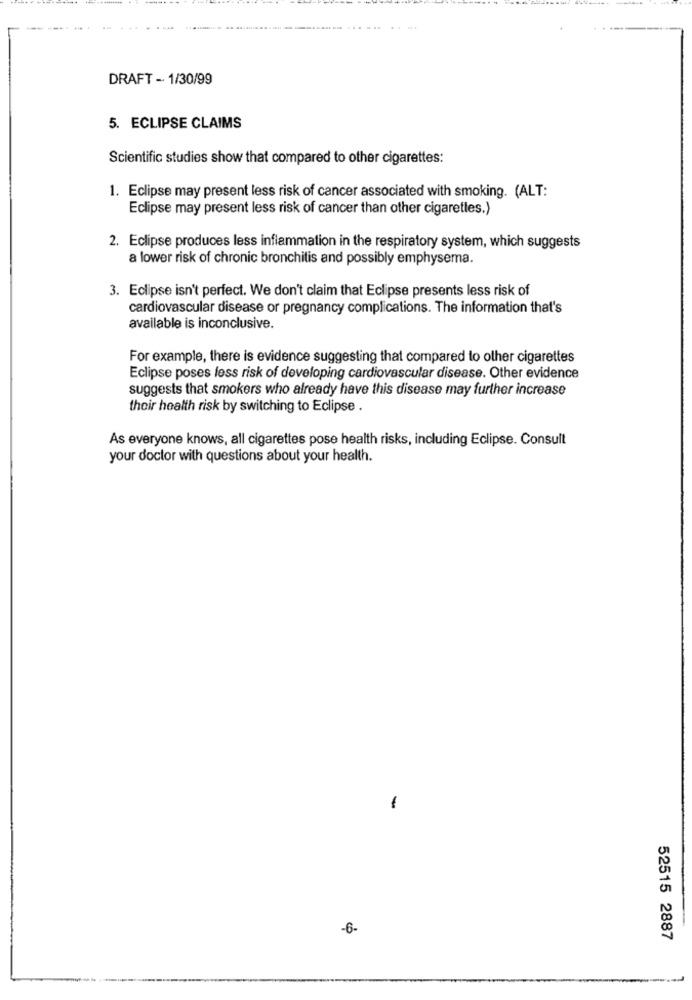
DRAFT - 1/30/99
5. ECLIPSE CLAIMS
Scientific studies show that compared to other cigarettes:
1. Eclipse may present less risk of cancer associated with smoking. (ALT:
Eclipse may present less risk of cancer than other cigarettes.)
2. Eclipse produces less inflammation in the respiratory system, which suggests
a lower risk of chronic bronchitis and possibly emphysema.
3. Eclipse isn't perfect. We don't claim that Eclipse presents less risk of
cardiovascular disease or pregnancy complications. The information that's
available is inconclusive.
For example, there is evidence suggesting that compared to other cigarettes
Eclipse poses less risk of developing cardiovascular disease. Other evidence
suggests that smokers who already have this disease may further increase
their health risk by switching to Eclipse .
As everyone knows, all cigarettes pose health risks, including Eclipse. Consult
your doctor with questions about your health.
-
-6-
52515 2887